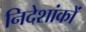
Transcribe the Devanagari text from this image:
निदेशांकों